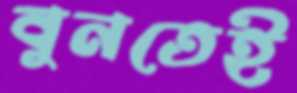
বুনতেই